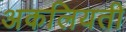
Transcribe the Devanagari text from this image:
अकलियती